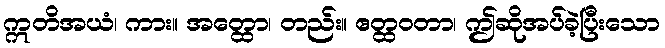
ဣတိအယံ၊ ကား။ အတ္ထော၊ တည်း။ ဧတ္ထဝတာ၊ ဤဆိုအပ်ခဲ့ပြီးသော